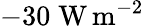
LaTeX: -30\; \mathrm{W}\, \mathrm{m}^{-2}